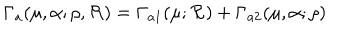
LaTeX: \Gamma _ { a } ( \mu , \alpha ; \rho , { \cal R } ) = \Gamma _ { a 1 } ( \mu ; { \cal R } ) + \Gamma _ { a 2 } ( \mu , \alpha ; \rho )